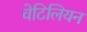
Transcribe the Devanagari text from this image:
चेटिलियन